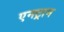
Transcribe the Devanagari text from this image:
एनट्रान